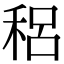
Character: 稆